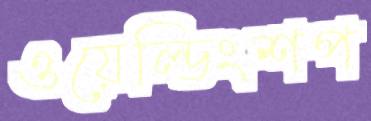
ওয়েল্ডিংশপ